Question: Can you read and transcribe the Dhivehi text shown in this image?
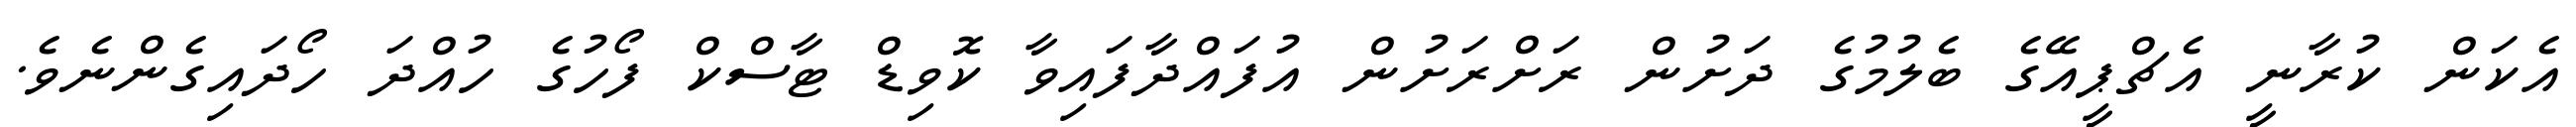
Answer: އެކަން ކުރާނީ އެޗްޕީއޭގެ ބެލުމުގެ ދަށުން ރަށްރަށުން އުފައްދާފައިވާ ކޮވިޑް ޓާސްކް ފޯހުގެ ހުއްދަ ހޯދައިގެންނެވެ.